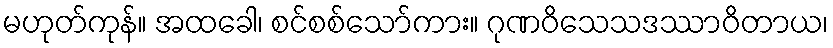
မဟုတ်ကုန်။ အထခေါ၊ စင်စစ်သော်ကား။ ဂုဏဝိသေသဒဿာဝိတာယ၊